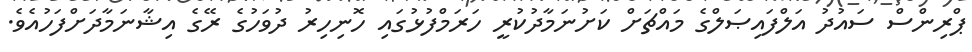
ޕްރިންސް ސައުދު އަލްފައިޞަލްގެ މައްޗަށް ކަށުނަމާދުކުރީ ހަރަމްފުޅުގައި ހޮނިހިރު ދުވަހުގެ ރޭގެ އިޝާނަމާދަށްފަހުއެވެ.